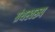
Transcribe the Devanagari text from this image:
ग्रंथस्वरूप